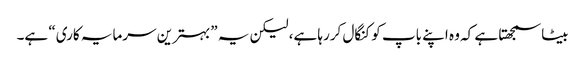
بیٹا سمجھتا ہے کہ وہ اپنے باپ کو کنگال کررہا ہے، لیکن یہ ”بہترین سرمایہ کاری“ ہے۔